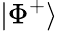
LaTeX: |\Phi^{+}\rangle